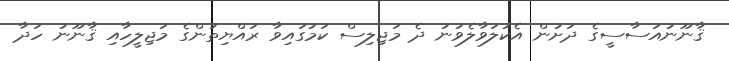
ޤާނޫނުއަސާސީގެ ދަށުން އެކުލަވާލެވުނު ދެ މަޖިލިސް ކަމުގައިވާ ރައްޔިތުންގެ މަޖިލީހާއި ޤާނޫނު ހަދާ